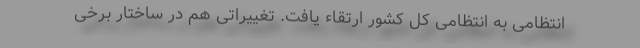
انتظامی به انتظامی کل کشور ارتقاء یافت. تغییراتی هم در ساختار برخی